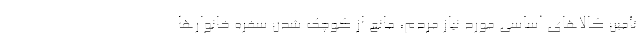
تأمین کالاهای اساسی مورد نیاز مردم، مانع از کوچک‌ شدن سفره خانوارها